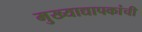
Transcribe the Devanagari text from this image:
मुख्‍याद्यापकांची